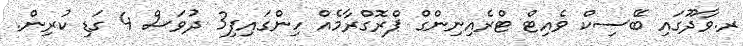
ރ.ވާދޫގައި ބޭސިކް ވެއިޓް ޓްރެއިނިންގް ޕްރޮގްރާމެއް ހިންގައިފި3 ދުވަސް 4 ގަޑި ކުރިން.